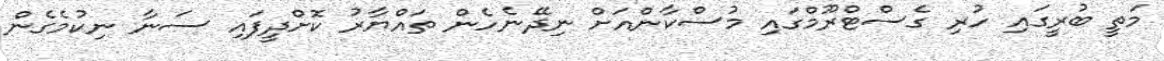
މަތީ ބުރީގައި ހުރި ގެސްޓްރޫމްގައި މުސްކާންއަށް ނިދޭނެހެން ތައްޔާރު ކޮށްދީފައި ސަނާ ނިކުމެގެން